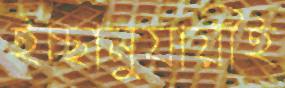
ইচ্ছানুযায়ীই